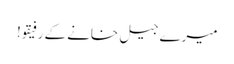
میرے جیل خانے کے رفیقو!